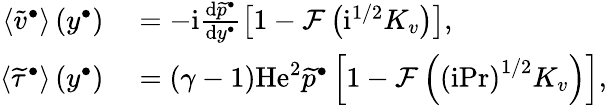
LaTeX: \begin{array}{rl}{\left\langle{\widetilde{v}^{\bullet}}\right\rangle\left(y^{\bullet}\right)}&{{}=-\mathrm{i}\frac{\mathrm{d}\widetilde{p}^{\bullet}}{\mathrm{d}y^{\bullet}}\left[1-\mathcal{F}\left(\mathrm{i}^{1/2}K_{v}\right)\right],}\\ {\left\langle{\widetilde{\tau}^{\bullet}}\right\rangle\left(y^{\bullet}\right)}&{{}=\left(\gamma-1\right)\mathrm{He}^{2}\widetilde{p}^{\bullet}\left[1-\mathcal{F}\left(\left(\mathrm{i}\mathrm{Pr}\right)^{1/2}K_{v}\right)\right],}\end{array}